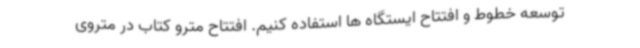
توسعه خطوط و افتتاح ایستگاه ها استفاده کنیم. افتتاح مترو کتاب در متروی